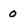
Character: 0